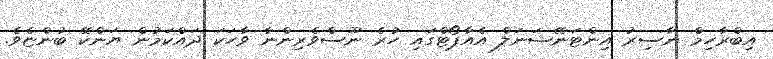
އިބްރާހިމް ނާސިރު އިންޓަނޭޝަނަލް އެއާޕޯޓްގައި ހުރެ ނޫސްވެރިންނާ ވާހަކަ ދައްކަމުން ޔަންކޭ ބުންޏެވެ.